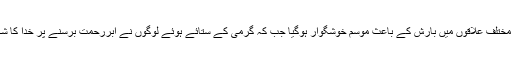
شہر کے مختلف علاقوں میں بارش کے باعث موسم خوشگوار ہوگیا جب کہ گرمی کے ستائے ہوئے لوگوں نے ابرِرحمت برسنے پر خدا کا شکر ادا کیا۔